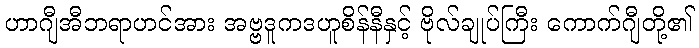
ဟာဂျီအီဘရာဟင်အား အဗ္ဗဒူကဒဟူစိန်နီနှင့် ဗိုလ်ချုပ်ကြီး ကောက်ဂျီတို့၏